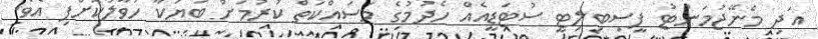
އަދި މެނޭޖުމަންޓު ފީސިބިލިޓީ ސުޓަޑީއެއް ހެދުމުގެ މަސައްކަތް ކުރުމަށް ބަޔަކާ ހަވާލުކޮށްފި އެވެ.